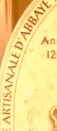
ARTISANALED'ABBAYE